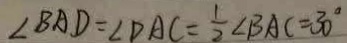
\angle B A D = \angle D A C = \frac { 1 } { 2 } \angle B A C = 3 0 ^ { \circ }